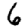
Digit: 6